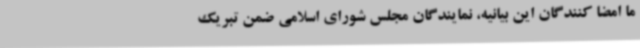
ما امضا کنندگان این بیانیه، نمایندگان مجلس شورای اسلامی ضمن تبریک